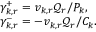
\begin{array} { l } { \gamma _ { k , r } ^ { + } = v _ { k , r } \mathcal { Q } _ { r } / { P _ { k } } , } \\ { \gamma _ { k , r } ^ { - } = - v _ { k , r } \mathcal { Q } _ { r } / { C _ { k } } . } \end{array}